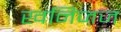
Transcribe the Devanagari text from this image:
खनिजज